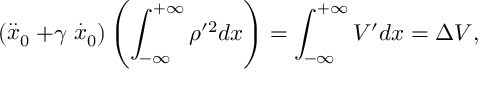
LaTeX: ( \stackrel { . . } { x } _ { 0 } + \gamma \stackrel { . } { x } _ { 0 } ) \left( \int _ { - \infty } ^ { + \infty } \rho ^ { \prime 2 } d x \right) = \int _ { - \infty } ^ { + \infty } V ^ { \prime } d x = \Delta V ,